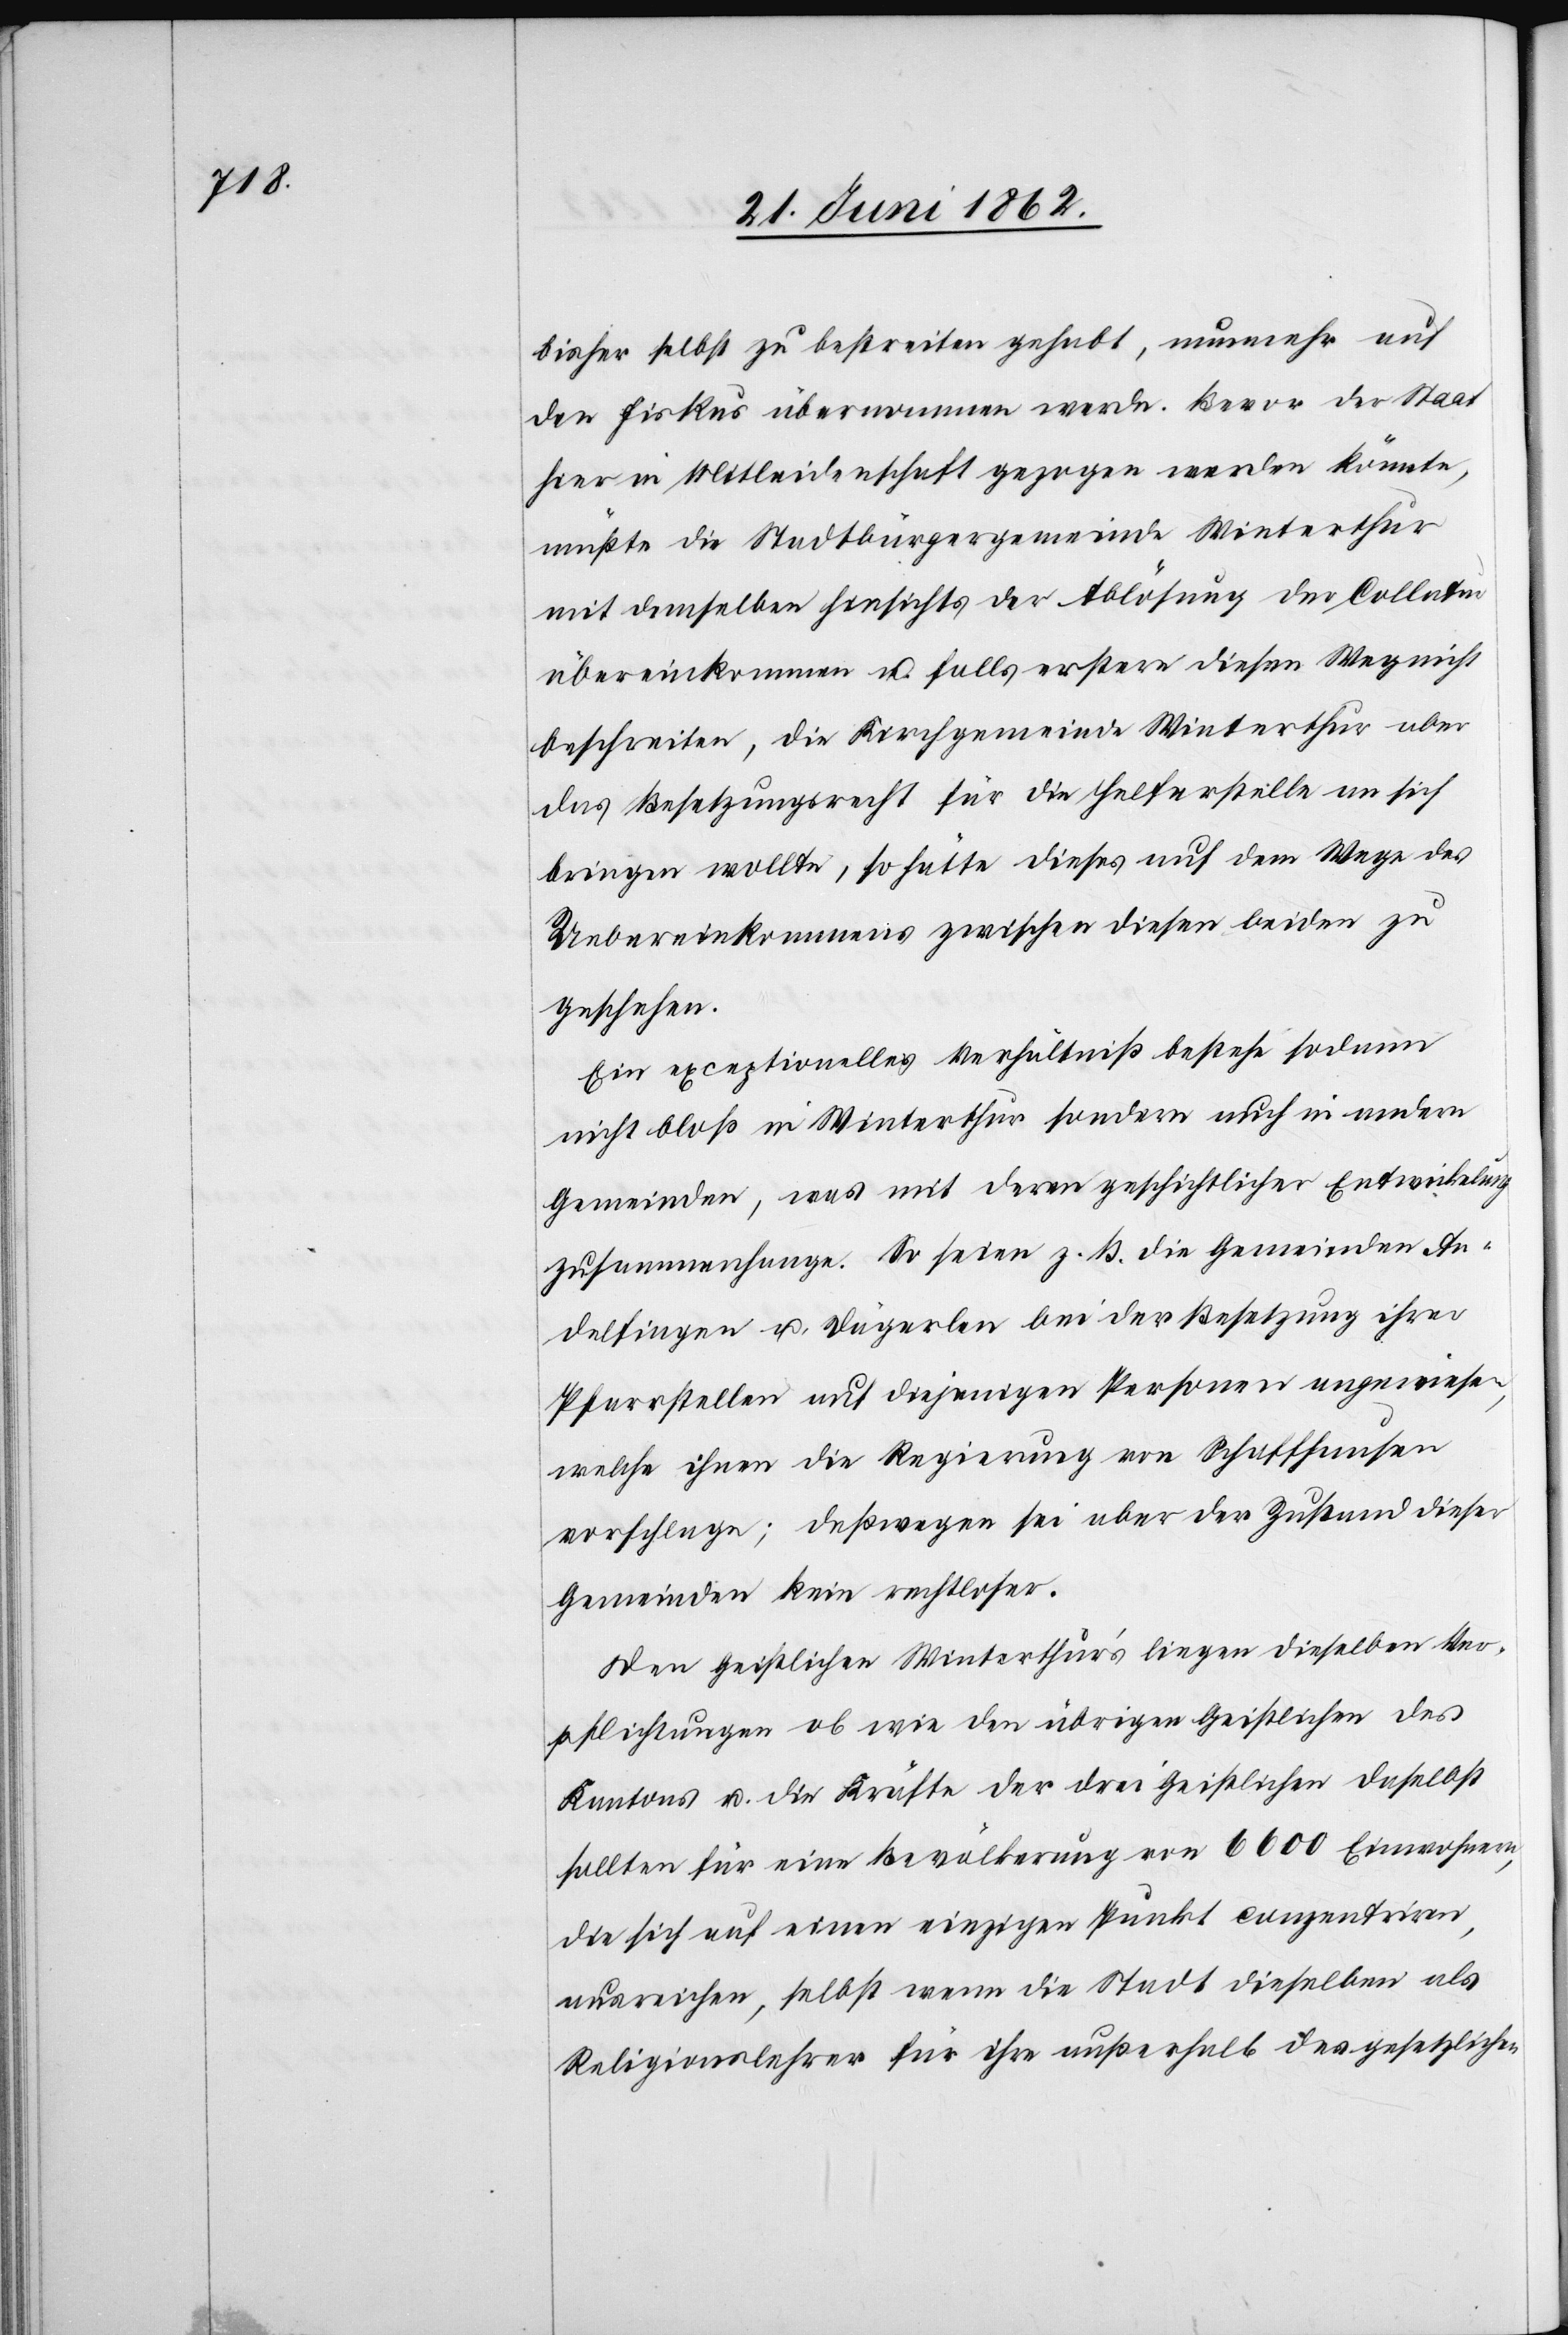
bisher selbst zu bestreiten gehabt, nunmehr auf
den Fiskus übernommen werde. Bevor der Staat
hier in Mitleidenschaft gezogen werden könnte,
müßte die Stadtbürgergemeinde Winterthur
mit demselben hinsichts der Ablösung der Collatur
übereinkommen u. falls erstere diesen Weg nicht
beschreiten, die Kirchgemeinde Winterthur aber
das Besetzungsrecht für die Helferstelle an sich
bringen wollte, so hätte dieses auch dem Wege des
Uebereinkommens zwischen diesen beiden zu
geschehen.
Ein exceptionelles Verhältniß bestehe sodann
nicht bloß in Winterthur sondern auch in andern
Gemeinden, was mit deren geschichtlicher Entwicklung
zusammenhange. So seien z. B. die Gemeinden An¬
delfingen u. Dägerlen bei der Besetzung ihrer
Pfarrstellen auf diejenigen Personen angewiesen,
welche ihnen die Regierung von Schaffhausen
vorschlage; deßwegen sei aber der Zustand dieser
Gemeinden kein rechtloser.
Den Geistlichen Winterthur’s liegen dieselben Ver¬
pflichtungen ob wie den übrigen Geistlichen des
Kantons u. die Kräfte der drei Geistlichen daselbst
sollten für eine Bevölkerung von 6600 [sic!] Einwohnern,
die sich auf einen einzigen Punkt conzentriren,
ausreichen, selbst wenn die Stadt dieselben als
Religionslehrer für ihre außerhalb des gesetzlichen